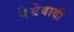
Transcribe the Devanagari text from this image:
पेम्रेवादी